Vaccine operations Central Provinces 1868-1885 - 1868-1885
Year: 1868
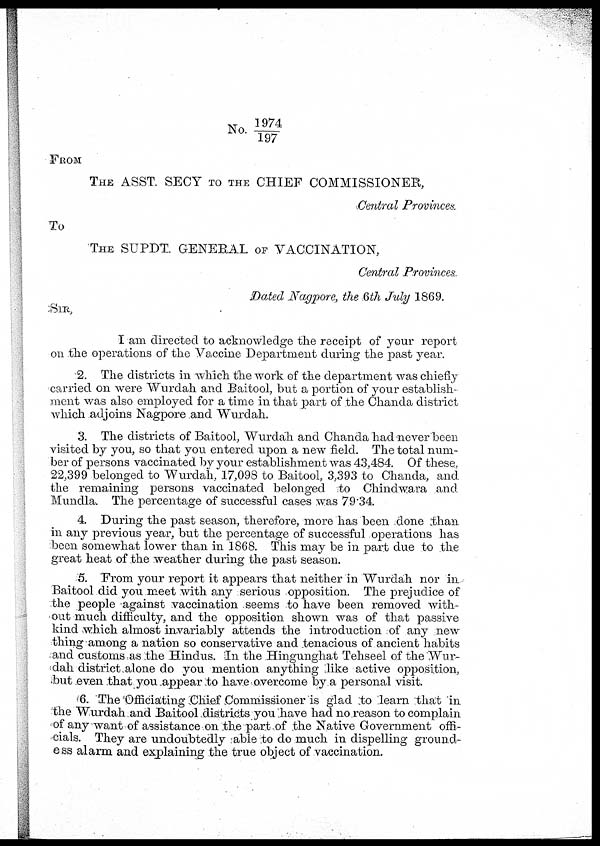
No. 1974/197
FROM
THE ASST SECY TO THE CHIEF COMMISSIONER,
Central Provinces.
To
THE SUPDT. GENERAL OF VACCINATION,
Central Provinces.
Dated Nagpore, the 6th July 1869.
SIR,
I am directed to acknowledge the receipt of your report
on the operations of the Vaccine Department during the past year.
2. The districts in which the work of the department was chiefly
carried on were Wurdah and Baitool, but a portion of your establish-
ment was also employed for a time in that part of the Chanda district
which adjoins Nagpore and Wurdah.
3. The districts of Baitool, Wurdah and Chanda had never been
visited by you, so that you entered upon a new field. The total num-
ber of persons vaccinated by your establishment was 43,484. Of these,
22,399 belonged to Wurdah, 17,098 to Baitool, 3,393 to Chanda, and
the remaining persons vaccinated belonged to Chindwara and
Mundla. The percentage of successful cases was 79.34.
4. During the past season, therefore, more has been done than
in any previous year, but the percentage of successful operations has
been somewhat lower than in 1868. This may be in part due to the
great heat of the weather during the past season.
5. From your report it appears that neither in Wurdah nor in
Baitool did you meet with any serious opposition. The prejudice of
the people against vaccination seems to have been removed with-
out much difficulty, and the opposition shown was of that passive
kind which almost invariably attends the introduction of any new
thing among a nation so conservative and tenacious of ancient habits
and customs as the Hindus. In the Hingunghat Tehseel of the Wur-
dah district alone do you mention anything like active opposition,
but even that you appear to have overcome by a personal visit.
6. The Officiating Chief Commissioner is glad to learn that in
the Wurdah and Baitool districts you have had no reason to complain
of any want of assistance on the part of the Native Government offi-
cials. They are undoubtedly able to do much in dispelling ground-
ess alarm and explaining the true object of vaccination.